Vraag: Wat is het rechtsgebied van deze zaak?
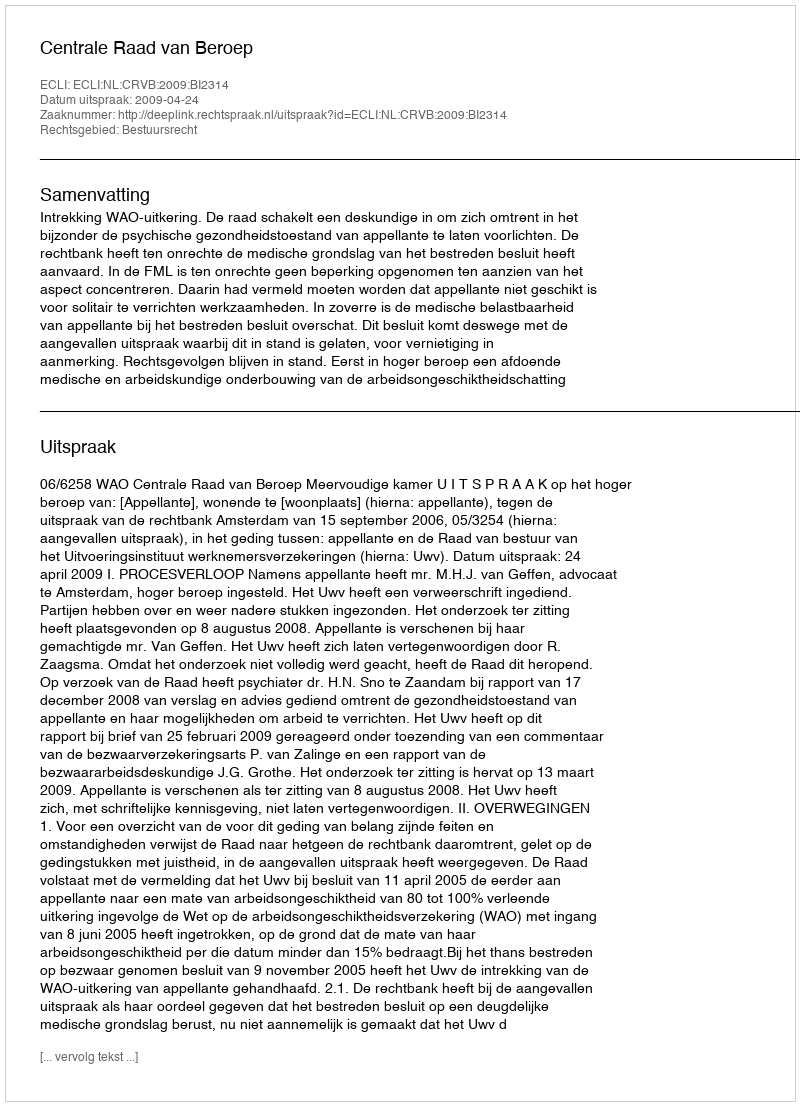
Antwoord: Bestuursrecht